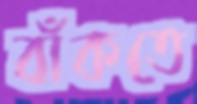
বাঁকতে